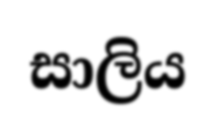
සාලිය